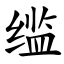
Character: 䍀